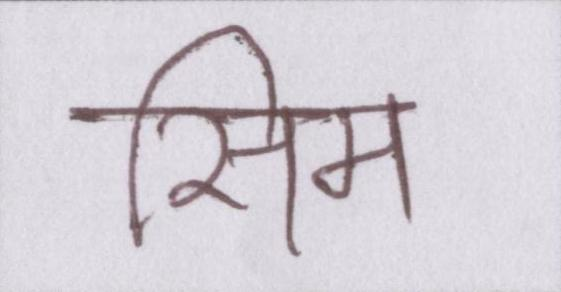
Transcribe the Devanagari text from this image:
सिम